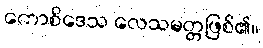
ကောစိဒေသ လေသမတ္တဖြစ်၏။